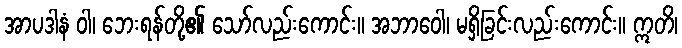
အာပဒါနံ ဝါ၊ ဘေးရန်တို့၏ သော်လည်းကောင်း။ အဘာဝေါ၊ မရှိခြင်းလည်းကောင်း။ ဣတိ၊